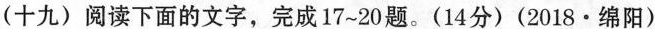
(十九)阅读下面的文字，完成17~20题。(14分)(2018·绵阳）